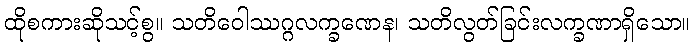
ထိုစကားဆိုသင့်စွ။ သတိဝေါဿဂ္ဂလက္ခဏေန၊ သတိလွတ်ခြင်းလက္ခဏာရှိသော။